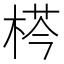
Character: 𣔁